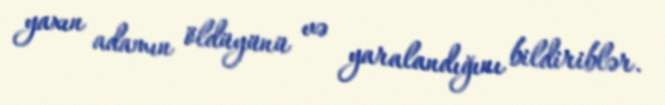
yaxın adamın öldüyünü və yaralandığını bildiriblər.